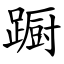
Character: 蹰